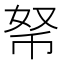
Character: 𢂬